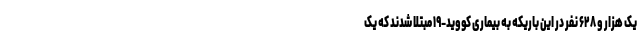
یک هزار و ۶۲۸ نفر در این باریکه به بیماری کووید-۱۹ مبتلا شدند که یک